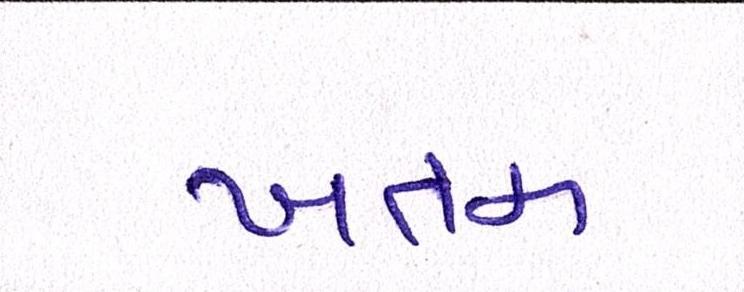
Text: ખતમ